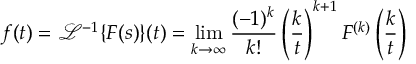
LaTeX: f ( t ) = { \mathcal { L } } ^ { - 1 } \{ F ( s ) \} ( t ) = \operatorname* { l i m } _ { k \to \infty } { \frac { ( - 1 ) ^ { k } } { k ! } } \left( { \frac { k } { t } } \right) ^ { k + 1 } F ^ { ( k ) } \left( { \frac { k } { t } } \right)